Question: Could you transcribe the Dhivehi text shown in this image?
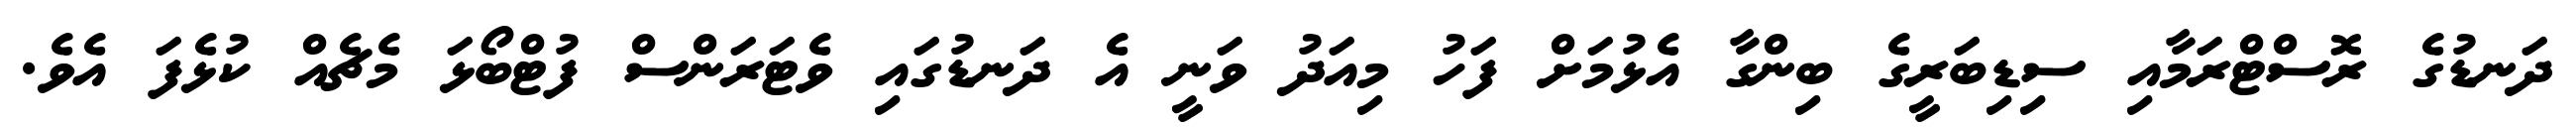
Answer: ދަނޑުގެ ރޮސްޓްރަމާއި ސިޑިބަރީގެ ބިންގާ އެޅުމަށް ފަހު މިއަދު ވަނީ އެ ދަނޑުގައި ވެޓަރަންސް ފުޓްބޯޅަ މެޗެއް ކުޅެފަ އެވެ.